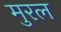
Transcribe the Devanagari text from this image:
मुरल